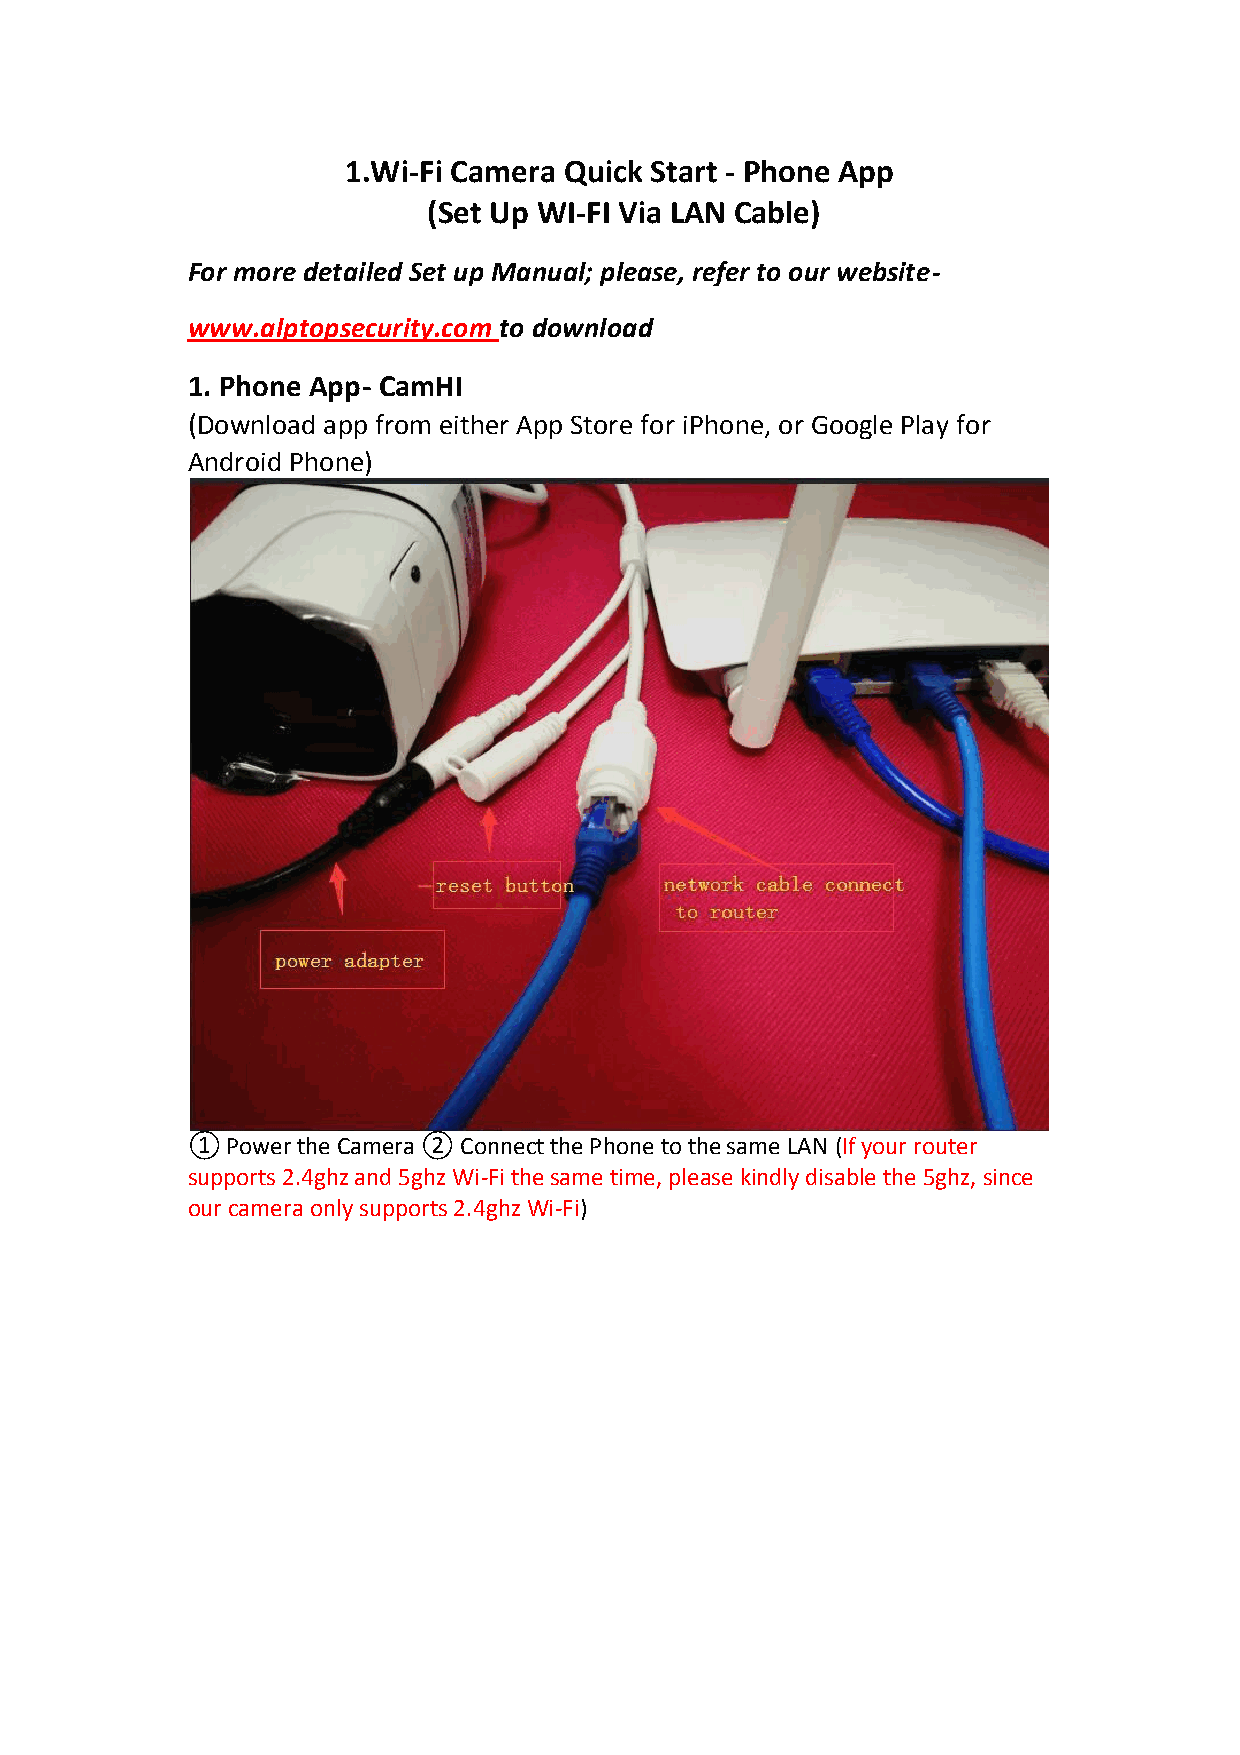
1.Wi-Fi Camera Quick Start - Phone App
 (Set Up WI-FI Via LAN Cable)
 For more detailed Set up Manual; please, refer to our website-
 www.alptopsecurity.com to download
 1. Phone App- CamHI
 (Download app from either App Store for iPhone, or Google Play for
 Android Phone)
 ①  Power the Camera ② Connect the Phone to the same LAN (If your router
 supports 2.4ghz and 5ghz Wi-Fi the same time, please kindly disable the 5ghz, since
 our camera only supports 2.4ghz Wi-Fi)